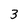
Character: 3